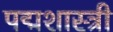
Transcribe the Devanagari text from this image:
पद्मशास्त्री